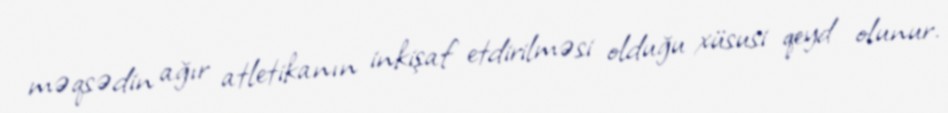
məqsədin ağır atletikanın inkişaf etdirilməsi olduğu xüsusi qeyd olunur.